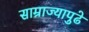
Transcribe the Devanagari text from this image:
साम्राज्यापुढे